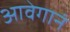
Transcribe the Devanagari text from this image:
आवेगानं